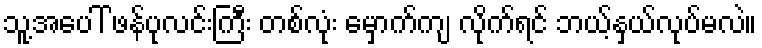
သူ့အပေါ် ဖန်ပုလင်းကြီး တစ်လုံး မှောက်ကျ လိုက်ရင် ဘယ့်နှယ်လုပ်မလဲ။